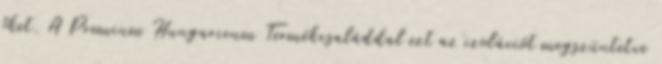
őket. A Premium Hungaricum Termékcsaláddal ezt az izolációt megszüntetve